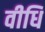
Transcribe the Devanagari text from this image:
वीधि